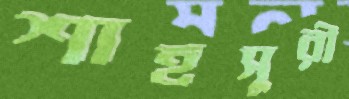
শাহসুরী